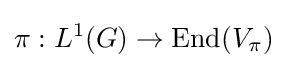
\pi :L^{1}(G)\to {\text{End}}(V_{\pi })